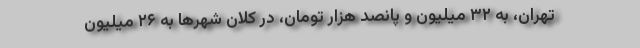
تهران، به ۳۲ میلیون و پانصد هزار تومان، در کلان شهر‌ها به ۲۶ میلیون